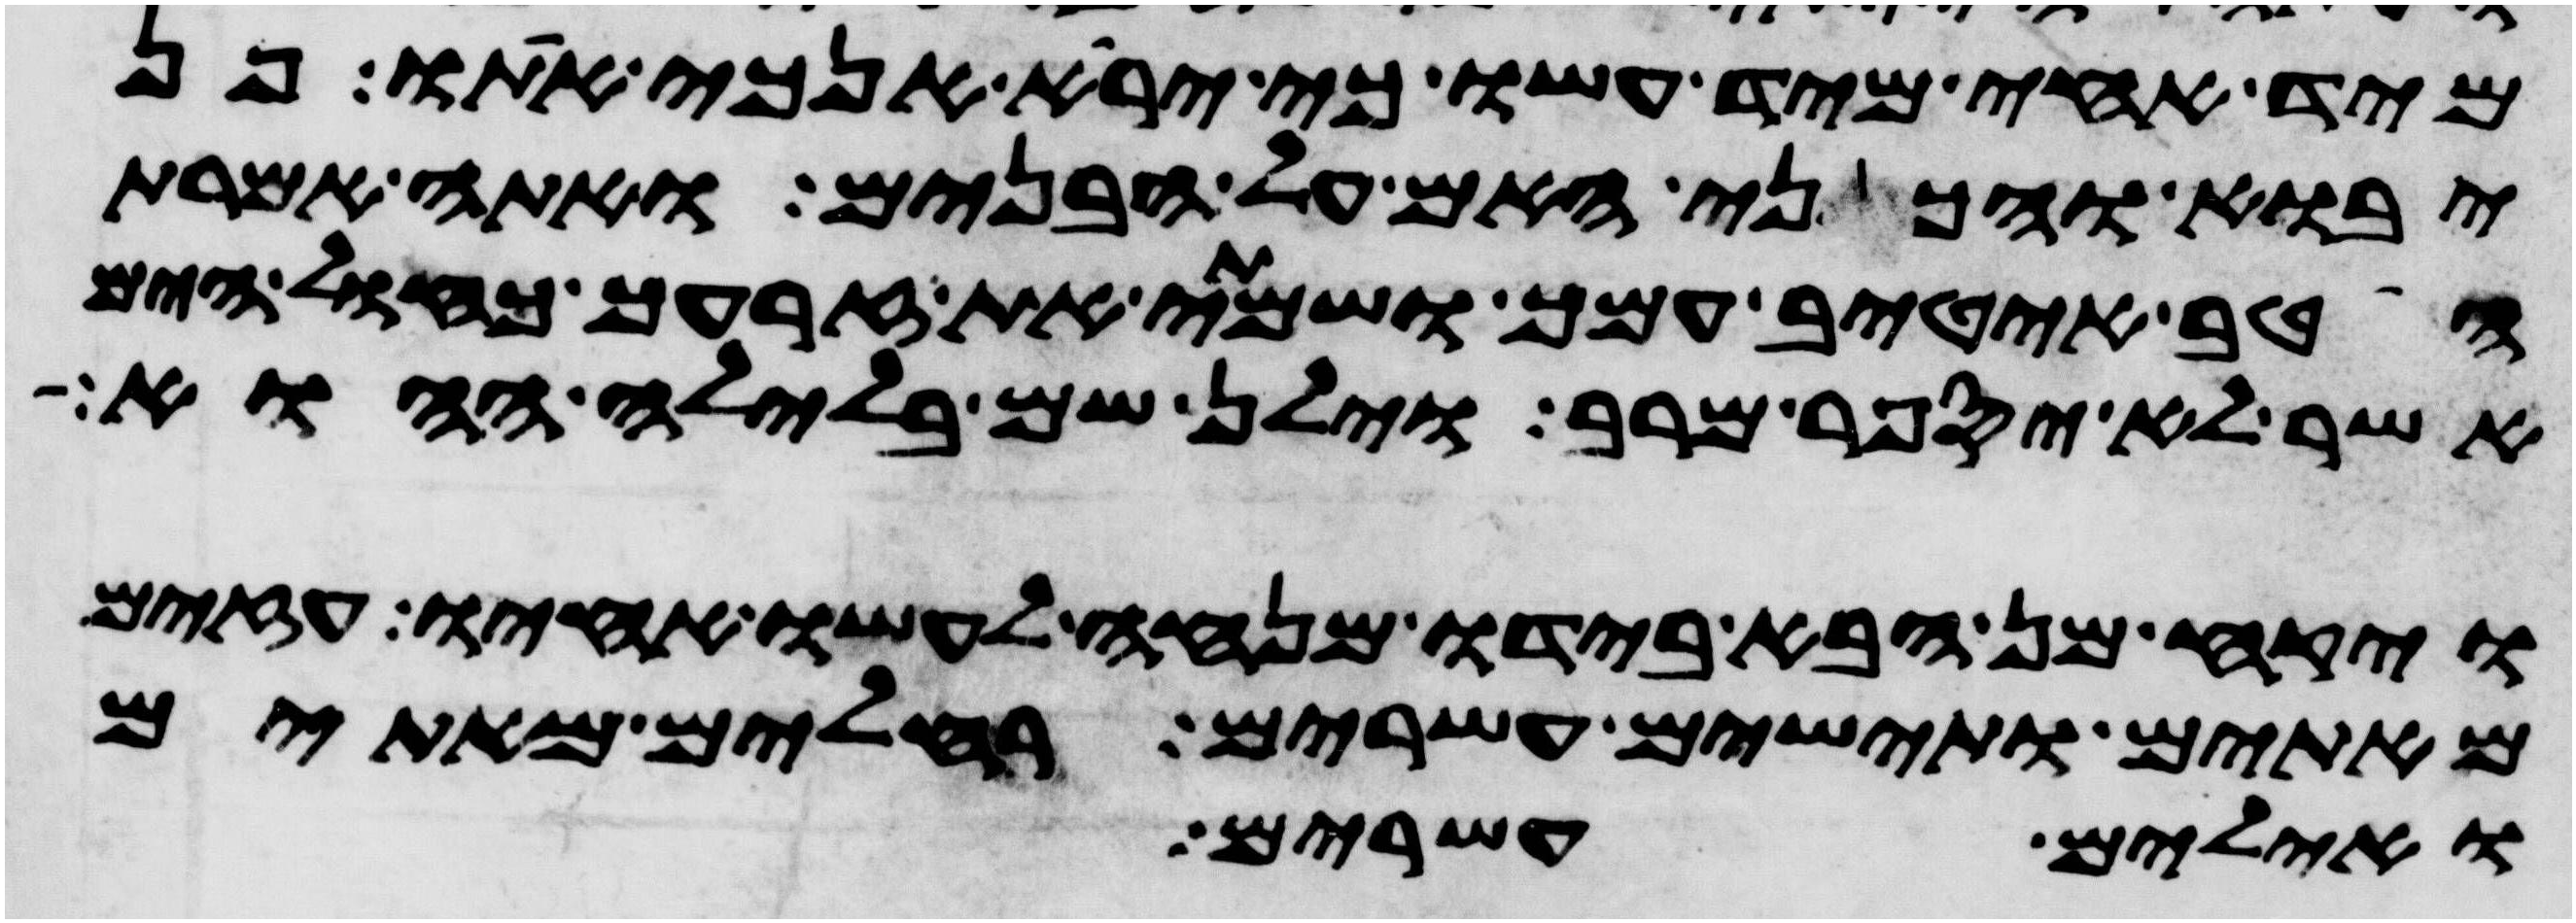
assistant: מיד אחי מיד עשו כי ירא אנכי אתו פן
יבוא והכני האם על הבנים ואתה אמרת
הטיב אטיב עמך ושמתי את זרעך כחול הים
אשר לא יספר מרב וילן שם בלילה ההוא
ויקח מן הבא בידו מנחה לעשו אחיו עזים
מאתים ותישים עשרים רחלים מאתים
ואילים עשרים